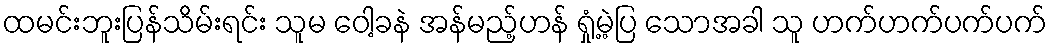
ထမင်းဘူးပြန်သိမ်းရင်း သူမ ဝေါ့ခနဲ အန်မည့်ဟန် ရှုံ့မဲ့ပြ သောအခါ သူ ဟက်ဟက်ပက်ပက်